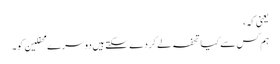
یعنی کہ،
ہم کس سے کیا تحفہ لے کر دے سکتے ہیں دوسرے محفلین کو۔